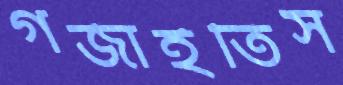
গর্জাইতিস